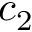
c _ { 2 }